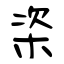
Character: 栥